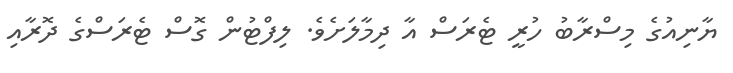
ޔާނިއުގެ މިސްރާބު ހުރީ ޓެރަސް އާ ދިމާލަށެވެ. ލިފްޓުން ގޮސް ޓެރަސްގެ ދޮރާއި